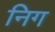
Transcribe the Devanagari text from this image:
निग